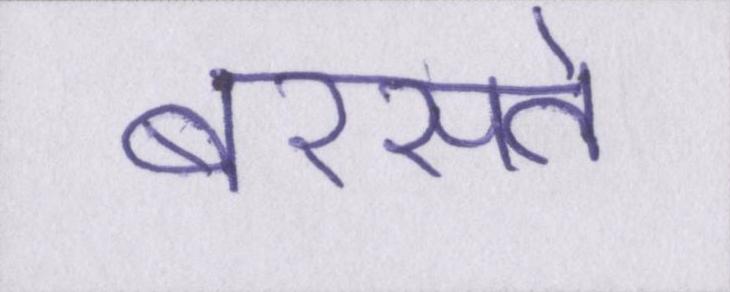
बरसते